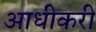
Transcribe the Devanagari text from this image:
आधीकरी